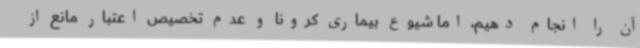
آن را انجام دهیم، اما شیوع بیماری کرونا و عدم تخصیص اعتبار مانع از